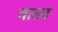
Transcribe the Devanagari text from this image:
वातव